Reports on dispensaries and lunatic asylums in the Province of Oudh - 1869-1876
Year: 1869
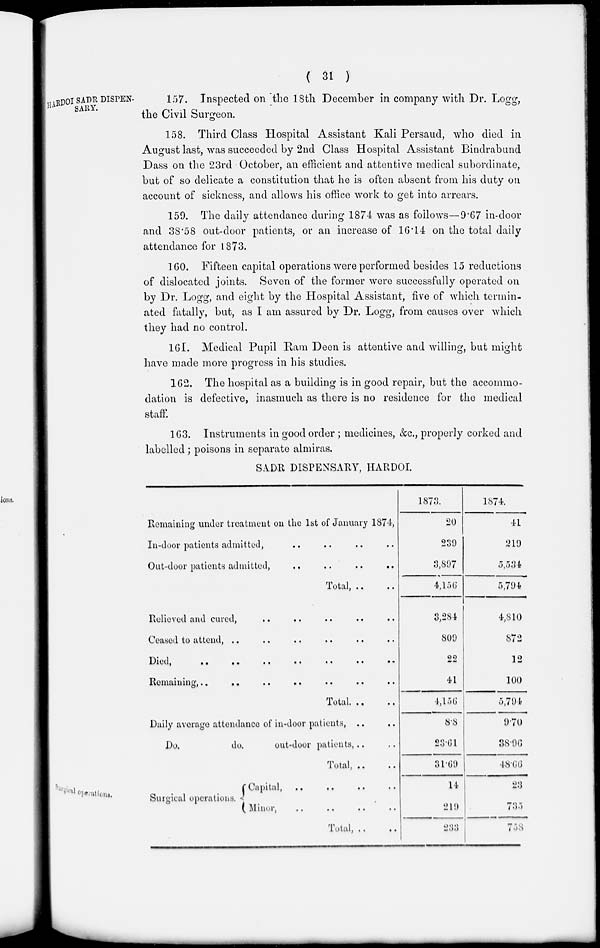
( 31 )
HARDOI SADR DISPEN-
SARY.
157. Inspected on the 18th December in company with Dr. Logg,
the Civil Surgeon.
158. Third Class Hospital Assistant Kali Persaud, who died in
August last, was succeeded by 2nd Class Hospital Assistant Bindrabund
Dass on the 23rd October, an efficient and attentive medical subordinate,
but of so delicate a constitution that he is often absent from his duty on
account of sickness, and allows his office work to get into arrears.
159. The daily attendance during 1874 was as follows—9.67 in-door
and 38.58 out-door patients, or an increase of 16.14 on the total daily
attendance for 1873.
160. Fifteen capital operations were performed besides 15 reductions
of dislocated joints. Seven of the former were successfully operated on
by Dr. Logg, and eight by the Hospital Assistant, five of which termin-
ated fatally, but, as I am assured by Dr. Logg, from causes over which
they had no control.
161. Medical Pupil Ram Deen is attentive and willing, but might
have made more progress in his studies.
162. The hospital as a building is in good repair, but the accommo-
dation is defective, inasmuch as there is no residence for the medical
staff.
163. Instruments in good order ; medicines, &c., properly corked and
labelled; poisons in separate almiras.
SADR DISPENSARY, HARDOI.
Surgical operations.
Remaining under treatment on the 1st of January 1874,
In-door patients admitted, .. .. .. ..
Out-door patients admitted,
..
..
..
..
Total, .. ..
Relieved and cured, .. .. .. .. ..
Ceased to attend, .. .. .. .. .. ..
Died,
..
..
..
..
..
..
..
Remaining, .. .. .. .. .. .. ..
Total.
..
..
Daily average attendance of in-door patients, .. ..
Do.
do.
out-door patients, .. ..
Total, .. ..
Surgical operations.
Capital, .. .. .. ..
Minor, .. .. .. ..
Total, .. ..
1873.
20
239
3,897
4,156
3,284
809
22
41
4,156
8.8
23.61
31.69
14
219
233
1874.
41
219
5,534
5,794
4,810
872
12
100
5,794
9.70
38.96
48.66
23
735
758